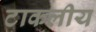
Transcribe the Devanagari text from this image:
टाकलीय